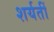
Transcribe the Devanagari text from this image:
शर्यतीं